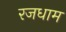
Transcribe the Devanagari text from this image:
रजधाम